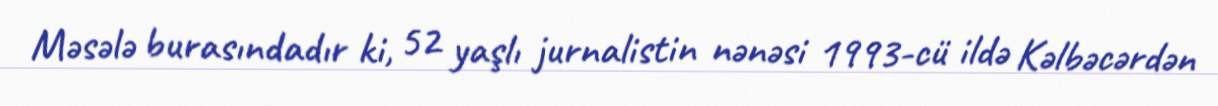
Məsələ burasındadır ki, 52 yaşlı jurnalistin nənəsi 1993-cü ildə Kəlbəcərdən